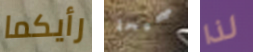
رأيكما صحيحة لذا